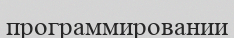
программировании